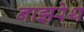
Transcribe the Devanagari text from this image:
नाझरेथ